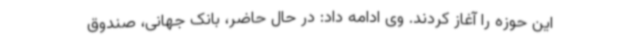
این حوزه را آغاز کردند. وی ادامه داد: در حال حاضر، بانک جهانی، صندوق